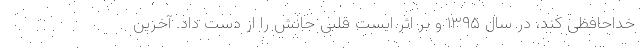
خداحافظی کند، در سال ۱۳۹۵ و بر اثر ایست قلبی جانش را از دست داد. آخرین